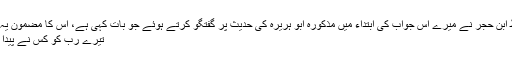
حافظ ابن حجر نے میرے اس جواب کی ابتداء میں مذکورہ ابو ہریرہ کی حدیث پر گفتگو کرتے ہوئے جو بات کہی ہے، اس کا مضمون یہ ہے:
تیرے رب کو کس نے پیدا کیا ؟